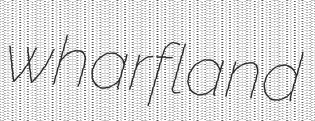
wharfland